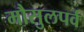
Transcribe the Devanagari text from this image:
मौसुलपर्व